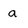
Character: a